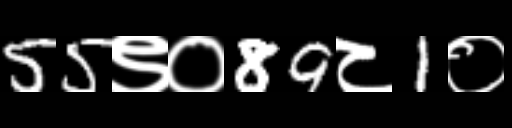
Text: 55९०89८1०